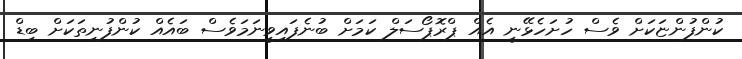
ކުންފުންޏަކަށް ވެސް ހުށަހެޅޭނީ އެއް ޕްރޮޕޯސަލް ކަމަށް ބުނެފައިވީނަމަވެސް ބައެއް ކުންފުނިތަކަށް ބިޑް